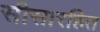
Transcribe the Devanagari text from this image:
सीसारहित